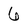
Character: 6